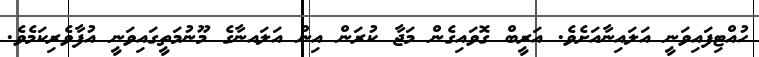
ހުއްޓިފައިވަނީ އަލައިނާއަށެވެ. އަރީބް ގޮވައިގެން މަޖާ ކުރަން އިން އަލައނާގެ މޫނުމަތީގައިވަނީ އުފާވެރިކަމެވެ.